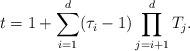
LaTeX: \begin{align*}t=1+\sum_{i=1}^d(\tau_i-1)\prod_{j=i+1}^{d}T_j.\end{align*}